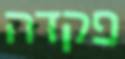
פקדה